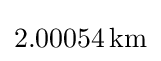
2.00054\,{\text{km}}